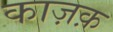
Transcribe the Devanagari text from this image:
काज़क़